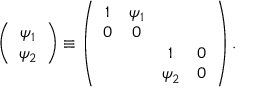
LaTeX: \left( \begin{array} { c } { { \psi _ { 1 } } } \\ { { \psi _ { 2 } } } \end{array} \right) \equiv \left( \begin{array} { c c c c } { { 1 } } & { { \psi _ { 1 } } } & { { } } & { { } } \\ { { 0 } } & { { 0 } } & { { } } & { { } } \\ { { } } & { { } } & { { 1 } } & { { 0 } } \\ { { } } & { { } } & { { \psi _ { 2 } } } & { { 0 } } \end{array} \right) .